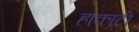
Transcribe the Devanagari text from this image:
हाकाटी